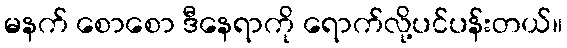
မနက် စောစော ဒီနေရာကို ရောက်လို့ပင်ပန်းတယ်။